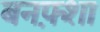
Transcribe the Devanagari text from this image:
बनफ़्शा